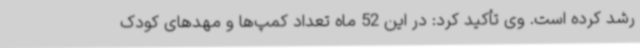
رشد کرده است. وی تأکید کرد: در این 52 ماه تعداد کمپ‌ها و مهدهای کودک